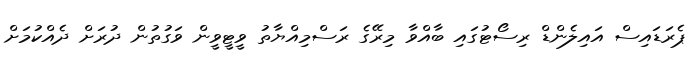
ޕެރަޑައިސް އައިލެންޑް ރިސޯޓުގައި ބާއްވާ މިރޭގެ ރަސްމިއްޔާތު ވީޓީވީން ވަގުތުން ދުރަށް ދެއްކުމަށް